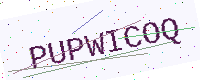
Text: PUPWICOQ